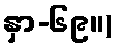
နှာ-၆၉။)